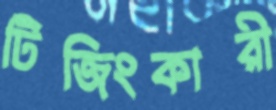
টিজিংকারী